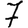
Digit: 7